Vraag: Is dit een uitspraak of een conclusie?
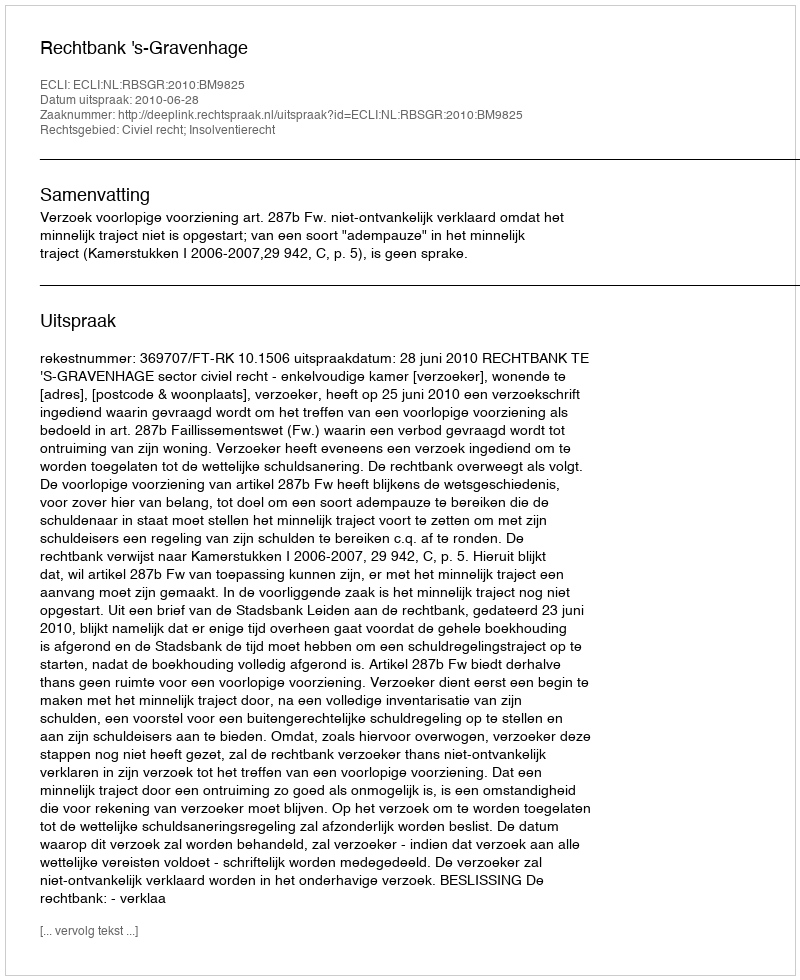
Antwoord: Uitspraak